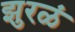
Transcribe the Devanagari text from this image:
झुरळं